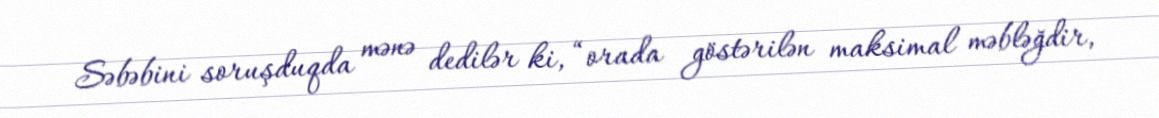
Səbəbini soruşduqda mənə dedilər ki, “orada göstərilən maksimal məbləğdir,